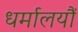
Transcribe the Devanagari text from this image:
धर्मालयौं